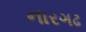
નારગઢ